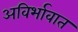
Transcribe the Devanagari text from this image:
अविर्भावात